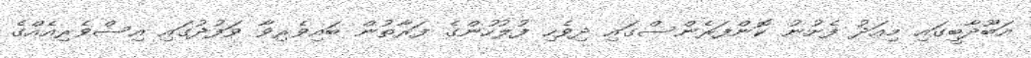
އަބޫދާބީގައި މިއަދު ފެށުނު ކޮންފަރެންސްގައި ދިވެހި ފުލުހުންގެ ފަރާތުން ބައިވެރިވާ ވަފުދުގައި އިސްވެރިއެއްގެ